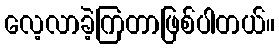
လေ့လာခဲ့ကြတာဖြစ်ပါတယ်။